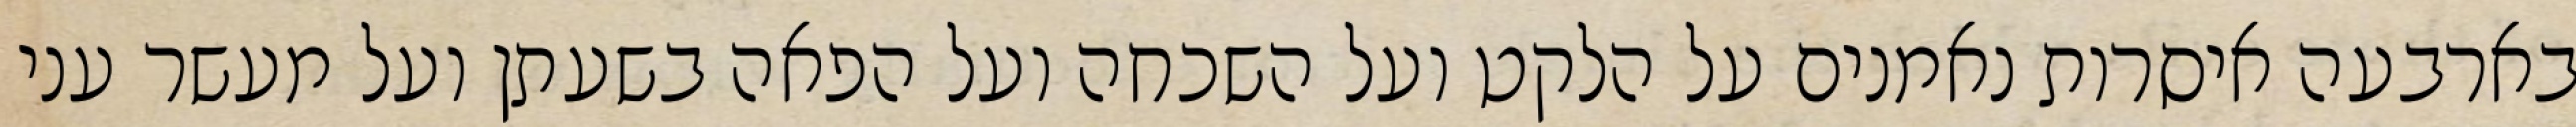
בארבעה איסרות נאמנים על הלקט ועל השכחה ועל הפאה בשעתן ועל מעשר עני